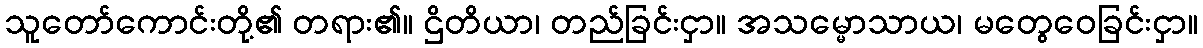
သူတော်ကောင်းတို့၏ တရား၏။ ဌိတိယာ၊ တည်ခြင်းငှာ။ အသမ္မောသာယ၊ မတွေဝေခြင်းငှာ။